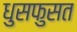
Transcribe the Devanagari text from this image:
धुसफुसत